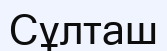
Сұлташ